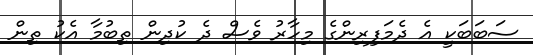
ސަބަބަކީ އެ ދެމަފިރިންގެ މިހާރު ވެސް ދެ ކުދިން ތިބުމާ އެކު ތިން